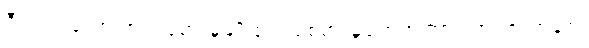
ဂီတ ကတော့ အာရုံခံစားမှုမျိုးစုံရဲ့ စေစားမှုတွေအကြား ဘဝဇာတ်ခုံရဲ့